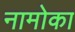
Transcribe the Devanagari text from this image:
नामोका